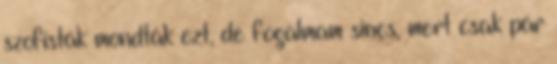
szofisták mondták ezt, de fogalmam sincs, mert csak pár